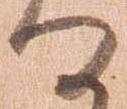
る